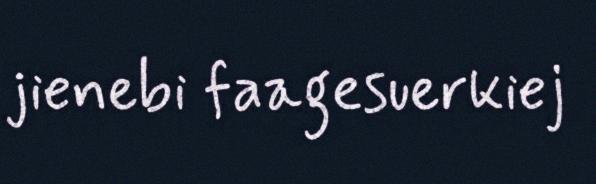
jienebi faagesuerkiej